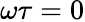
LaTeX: \omega\tau=0